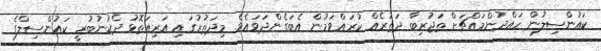
ކައުންސިލުން ހައްދުންމައްޗަށް ތަޖުރިބާ ދަތުރެއް ކުރައްވަމުން އެބަގެންދަވައެވެ. މިދަތުރުގައި އަރިއަތޮޅު ދެކުނުބުރީ ކައުންސިލްގެ